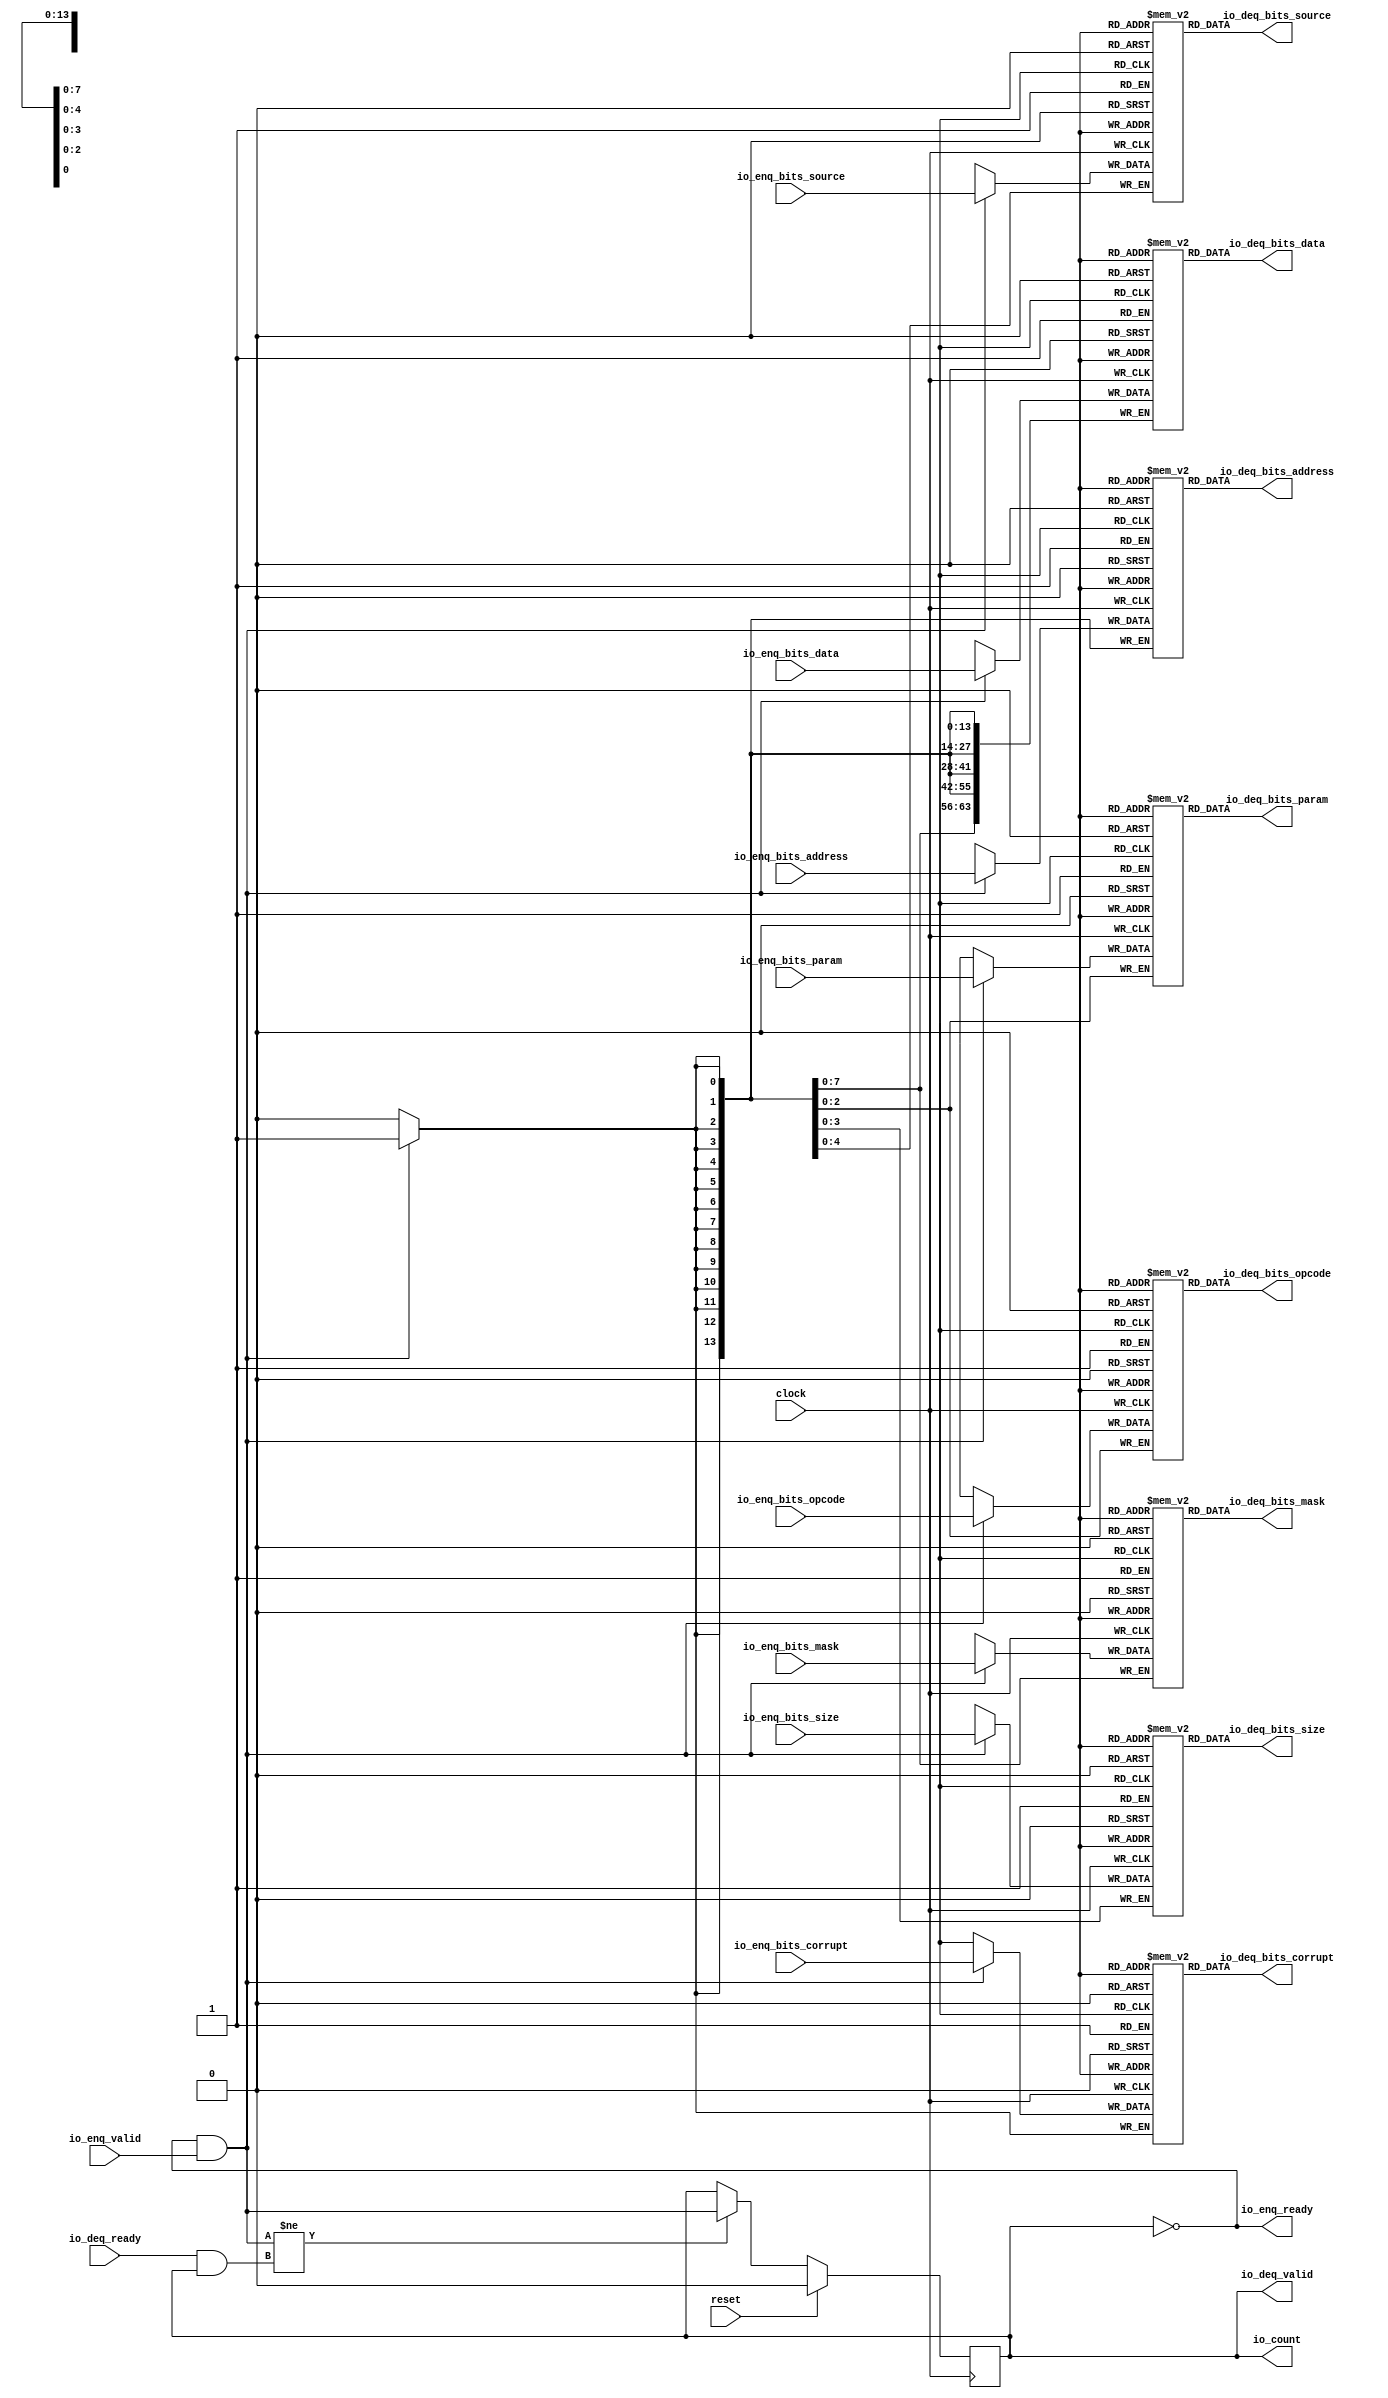
module Queue_12(
  input         clock,
  input         reset,
  output        io_enq_ready,
  input         io_enq_valid,
  input  [2:0]  io_enq_bits_opcode,
  input  [2:0]  io_enq_bits_param,
  input  [3:0]  io_enq_bits_size,
  input  [4:0]  io_enq_bits_source,
  input  [13:0] io_enq_bits_address,
  input  [7:0]  io_enq_bits_mask,
  input  [63:0] io_enq_bits_data,
  input         io_enq_bits_corrupt,
  input         io_deq_ready,
  output        io_deq_valid,
  output [2:0]  io_deq_bits_opcode,
  output [2:0]  io_deq_bits_param,
  output [3:0]  io_deq_bits_size,
  output [4:0]  io_deq_bits_source,
  output [13:0] io_deq_bits_address,
  output [7:0]  io_deq_bits_mask,
  output [63:0] io_deq_bits_data,
  output        io_deq_bits_corrupt,
  output        io_count
);
`ifdef RANDOMIZE_MEM_INIT
  reg [31:0] _RAND_0;
  reg [31:0] _RAND_1;
  reg [31:0] _RAND_2;
  reg [31:0] _RAND_3;
  reg [31:0] _RAND_4;
  reg [31:0] _RAND_5;
  reg [63:0] _RAND_6;
  reg [31:0] _RAND_7;
`endif // RANDOMIZE_MEM_INIT
`ifdef RANDOMIZE_REG_INIT
  reg [31:0] _RAND_8;
`endif // RANDOMIZE_REG_INIT
  reg [2:0] ram_opcode [0:0]; // @[Decoupled.scala 218:16]
  wire [2:0] ram_opcode_io_deq_bits_MPORT_data; // @[Decoupled.scala 218:16]
  wire  ram_opcode_io_deq_bits_MPORT_addr; // @[Decoupled.scala 218:16]
  wire [2:0] ram_opcode_MPORT_data; // @[Decoupled.scala 218:16]
  wire  ram_opcode_MPORT_addr; // @[Decoupled.scala 218:16]
  wire  ram_opcode_MPORT_mask; // @[Decoupled.scala 218:16]
  wire  ram_opcode_MPORT_en; // @[Decoupled.scala 218:16]
  reg [2:0] ram_param [0:0]; // @[Decoupled.scala 218:16]
  wire [2:0] ram_param_io_deq_bits_MPORT_data; // @[Decoupled.scala 218:16]
  wire  ram_param_io_deq_bits_MPORT_addr; // @[Decoupled.scala 218:16]
  wire [2:0] ram_param_MPORT_data; // @[Decoupled.scala 218:16]
  wire  ram_param_MPORT_addr; // @[Decoupled.scala 218:16]
  wire  ram_param_MPORT_mask; // @[Decoupled.scala 218:16]
  wire  ram_param_MPORT_en; // @[Decoupled.scala 218:16]
  reg [3:0] ram_size [0:0]; // @[Decoupled.scala 218:16]
  wire [3:0] ram_size_io_deq_bits_MPORT_data; // @[Decoupled.scala 218:16]
  wire  ram_size_io_deq_bits_MPORT_addr; // @[Decoupled.scala 218:16]
  wire [3:0] ram_size_MPORT_data; // @[Decoupled.scala 218:16]
  wire  ram_size_MPORT_addr; // @[Decoupled.scala 218:16]
  wire  ram_size_MPORT_mask; // @[Decoupled.scala 218:16]
  wire  ram_size_MPORT_en; // @[Decoupled.scala 218:16]
  reg [4:0] ram_source [0:0]; // @[Decoupled.scala 218:16]
  wire [4:0] ram_source_io_deq_bits_MPORT_data; // @[Decoupled.scala 218:16]
  wire  ram_source_io_deq_bits_MPORT_addr; // @[Decoupled.scala 218:16]
  wire [4:0] ram_source_MPORT_data; // @[Decoupled.scala 218:16]
  wire  ram_source_MPORT_addr; // @[Decoupled.scala 218:16]
  wire  ram_source_MPORT_mask; // @[Decoupled.scala 218:16]
  wire  ram_source_MPORT_en; // @[Decoupled.scala 218:16]
  reg [13:0] ram_address [0:0]; // @[Decoupled.scala 218:16]
  wire [13:0] ram_address_io_deq_bits_MPORT_data; // @[Decoupled.scala 218:16]
  wire  ram_address_io_deq_bits_MPORT_addr; // @[Decoupled.scala 218:16]
  wire [13:0] ram_address_MPORT_data; // @[Decoupled.scala 218:16]
  wire  ram_address_MPORT_addr; // @[Decoupled.scala 218:16]
  wire  ram_address_MPORT_mask; // @[Decoupled.scala 218:16]
  wire  ram_address_MPORT_en; // @[Decoupled.scala 218:16]
  reg [7:0] ram_mask [0:0]; // @[Decoupled.scala 218:16]
  wire [7:0] ram_mask_io_deq_bits_MPORT_data; // @[Decoupled.scala 218:16]
  wire  ram_mask_io_deq_bits_MPORT_addr; // @[Decoupled.scala 218:16]
  wire [7:0] ram_mask_MPORT_data; // @[Decoupled.scala 218:16]
  wire  ram_mask_MPORT_addr; // @[Decoupled.scala 218:16]
  wire  ram_mask_MPORT_mask; // @[Decoupled.scala 218:16]
  wire  ram_mask_MPORT_en; // @[Decoupled.scala 218:16]
  reg [63:0] ram_data [0:0]; // @[Decoupled.scala 218:16]
  wire [63:0] ram_data_io_deq_bits_MPORT_data; // @[Decoupled.scala 218:16]
  wire  ram_data_io_deq_bits_MPORT_addr; // @[Decoupled.scala 218:16]
  wire [63:0] ram_data_MPORT_data; // @[Decoupled.scala 218:16]
  wire  ram_data_MPORT_addr; // @[Decoupled.scala 218:16]
  wire  ram_data_MPORT_mask; // @[Decoupled.scala 218:16]
  wire  ram_data_MPORT_en; // @[Decoupled.scala 218:16]
  reg  ram_corrupt [0:0]; // @[Decoupled.scala 218:16]
  wire  ram_corrupt_io_deq_bits_MPORT_data; // @[Decoupled.scala 218:16]
  wire  ram_corrupt_io_deq_bits_MPORT_addr; // @[Decoupled.scala 218:16]
  wire  ram_corrupt_MPORT_data; // @[Decoupled.scala 218:16]
  wire  ram_corrupt_MPORT_addr; // @[Decoupled.scala 218:16]
  wire  ram_corrupt_MPORT_mask; // @[Decoupled.scala 218:16]
  wire  ram_corrupt_MPORT_en; // @[Decoupled.scala 218:16]
  reg  maybe_full; // @[Decoupled.scala 221:27]
  wire  empty = ~maybe_full; // @[Decoupled.scala 224:28]
  wire  do_enq = io_enq_ready & io_enq_valid; // @[Decoupled.scala 40:37]
  wire  do_deq = io_deq_ready & io_deq_valid; // @[Decoupled.scala 40:37]
  assign ram_opcode_io_deq_bits_MPORT_addr = 1'h0;
  assign ram_opcode_io_deq_bits_MPORT_data = ram_opcode[ram_opcode_io_deq_bits_MPORT_addr]; // @[Decoupled.scala 218:16]
  assign ram_opcode_MPORT_data = io_enq_bits_opcode;
  assign ram_opcode_MPORT_addr = 1'h0;
  assign ram_opcode_MPORT_mask = 1'h1;
  assign ram_opcode_MPORT_en = io_enq_ready & io_enq_valid;
  assign ram_param_io_deq_bits_MPORT_addr = 1'h0;
  assign ram_param_io_deq_bits_MPORT_data = ram_param[ram_param_io_deq_bits_MPORT_addr]; // @[Decoupled.scala 218:16]
  assign ram_param_MPORT_data = io_enq_bits_param;
  assign ram_param_MPORT_addr = 1'h0;
  assign ram_param_MPORT_mask = 1'h1;
  assign ram_param_MPORT_en = io_enq_ready & io_enq_valid;
  assign ram_size_io_deq_bits_MPORT_addr = 1'h0;
  assign ram_size_io_deq_bits_MPORT_data = ram_size[ram_size_io_deq_bits_MPORT_addr]; // @[Decoupled.scala 218:16]
  assign ram_size_MPORT_data = io_enq_bits_size;
  assign ram_size_MPORT_addr = 1'h0;
  assign ram_size_MPORT_mask = 1'h1;
  assign ram_size_MPORT_en = io_enq_ready & io_enq_valid;
  assign ram_source_io_deq_bits_MPORT_addr = 1'h0;
  assign ram_source_io_deq_bits_MPORT_data = ram_source[ram_source_io_deq_bits_MPORT_addr]; // @[Decoupled.scala 218:16]
  assign ram_source_MPORT_data = io_enq_bits_source;
  assign ram_source_MPORT_addr = 1'h0;
  assign ram_source_MPORT_mask = 1'h1;
  assign ram_source_MPORT_en = io_enq_ready & io_enq_valid;
  assign ram_address_io_deq_bits_MPORT_addr = 1'h0;
  assign ram_address_io_deq_bits_MPORT_data = ram_address[ram_address_io_deq_bits_MPORT_addr]; // @[Decoupled.scala 218:16]
  assign ram_address_MPORT_data = io_enq_bits_address;
  assign ram_address_MPORT_addr = 1'h0;
  assign ram_address_MPORT_mask = 1'h1;
  assign ram_address_MPORT_en = io_enq_ready & io_enq_valid;
  assign ram_mask_io_deq_bits_MPORT_addr = 1'h0;
  assign ram_mask_io_deq_bits_MPORT_data = ram_mask[ram_mask_io_deq_bits_MPORT_addr]; // @[Decoupled.scala 218:16]
  assign ram_mask_MPORT_data = io_enq_bits_mask;
  assign ram_mask_MPORT_addr = 1'h0;
  assign ram_mask_MPORT_mask = 1'h1;
  assign ram_mask_MPORT_en = io_enq_ready & io_enq_valid;
  assign ram_data_io_deq_bits_MPORT_addr = 1'h0;
  assign ram_data_io_deq_bits_MPORT_data = ram_data[ram_data_io_deq_bits_MPORT_addr]; // @[Decoupled.scala 218:16]
  assign ram_data_MPORT_data = io_enq_bits_data;
  assign ram_data_MPORT_addr = 1'h0;
  assign ram_data_MPORT_mask = 1'h1;
  assign ram_data_MPORT_en = io_enq_ready & io_enq_valid;
  assign ram_corrupt_io_deq_bits_MPORT_addr = 1'h0;
  assign ram_corrupt_io_deq_bits_MPORT_data = ram_corrupt[ram_corrupt_io_deq_bits_MPORT_addr]; // @[Decoupled.scala 218:16]
  assign ram_corrupt_MPORT_data = io_enq_bits_corrupt;
  assign ram_corrupt_MPORT_addr = 1'h0;
  assign ram_corrupt_MPORT_mask = 1'h1;
  assign ram_corrupt_MPORT_en = io_enq_ready & io_enq_valid;
  assign io_enq_ready = ~maybe_full; // @[Decoupled.scala 241:19]
  assign io_deq_valid = ~empty; // @[Decoupled.scala 240:19]
  assign io_deq_bits_opcode = ram_opcode_io_deq_bits_MPORT_data; // @[Decoupled.scala 242:15]
  assign io_deq_bits_param = ram_param_io_deq_bits_MPORT_data; // @[Decoupled.scala 242:15]
  assign io_deq_bits_size = ram_size_io_deq_bits_MPORT_data; // @[Decoupled.scala 242:15]
  assign io_deq_bits_source = ram_source_io_deq_bits_MPORT_data; // @[Decoupled.scala 242:15]
  assign io_deq_bits_address = ram_address_io_deq_bits_MPORT_data; // @[Decoupled.scala 242:15]
  assign io_deq_bits_mask = ram_mask_io_deq_bits_MPORT_data; // @[Decoupled.scala 242:15]
  assign io_deq_bits_data = ram_data_io_deq_bits_MPORT_data; // @[Decoupled.scala 242:15]
  assign io_deq_bits_corrupt = ram_corrupt_io_deq_bits_MPORT_data; // @[Decoupled.scala 242:15]
  assign io_count = maybe_full; // @[Decoupled.scala 259:62]
  always @(posedge clock) begin
    if(ram_opcode_MPORT_en & ram_opcode_MPORT_mask) begin
      ram_opcode[ram_opcode_MPORT_addr] <= ram_opcode_MPORT_data; // @[Decoupled.scala 218:16]
    end
    if(ram_param_MPORT_en & ram_param_MPORT_mask) begin
      ram_param[ram_param_MPORT_addr] <= ram_param_MPORT_data; // @[Decoupled.scala 218:16]
    end
    if(ram_size_MPORT_en & ram_size_MPORT_mask) begin
      ram_size[ram_size_MPORT_addr] <= ram_size_MPORT_data; // @[Decoupled.scala 218:16]
    end
    if(ram_source_MPORT_en & ram_source_MPORT_mask) begin
      ram_source[ram_source_MPORT_addr] <= ram_source_MPORT_data; // @[Decoupled.scala 218:16]
    end
    if(ram_address_MPORT_en & ram_address_MPORT_mask) begin
      ram_address[ram_address_MPORT_addr] <= ram_address_MPORT_data; // @[Decoupled.scala 218:16]
    end
    if(ram_mask_MPORT_en & ram_mask_MPORT_mask) begin
      ram_mask[ram_mask_MPORT_addr] <= ram_mask_MPORT_data; // @[Decoupled.scala 218:16]
    end
    if(ram_data_MPORT_en & ram_data_MPORT_mask) begin
      ram_data[ram_data_MPORT_addr] <= ram_data_MPORT_data; // @[Decoupled.scala 218:16]
    end
    if(ram_corrupt_MPORT_en & ram_corrupt_MPORT_mask) begin
      ram_corrupt[ram_corrupt_MPORT_addr] <= ram_corrupt_MPORT_data; // @[Decoupled.scala 218:16]
    end
    if (reset) begin // @[Decoupled.scala 221:27]
      maybe_full <= 1'h0; // @[Decoupled.scala 221:27]
    end else if (do_enq != do_deq) begin // @[Decoupled.scala 236:28]
      maybe_full <= do_enq; // @[Decoupled.scala 237:16]
    end
  end
// Register and memory initialization
`ifdef RANDOMIZE_GARBAGE_ASSIGN
`define RANDOMIZE
`endif
`ifdef RANDOMIZE_INVALID_ASSIGN
`define RANDOMIZE
`endif
`ifdef RANDOMIZE_REG_INIT
`define RANDOMIZE
`endif
`ifdef RANDOMIZE_MEM_INIT
`define RANDOMIZE
`endif
`ifndef RANDOM
`define RANDOM $random
`endif
`ifdef RANDOMIZE_MEM_INIT
  integer initvar;
`endif
`ifndef SYNTHESIS
`ifdef FIRRTL_BEFORE_INITIAL
`FIRRTL_BEFORE_INITIAL
`endif
initial begin
  `ifdef RANDOMIZE
    `ifdef INIT_RANDOM
      `INIT_RANDOM
    `endif
    `ifndef VERILATOR
      `ifdef RANDOMIZE_DELAY
        #`RANDOMIZE_DELAY begin end
      `else
        #0.002 begin end
      `endif
    `endif
`ifdef RANDOMIZE_MEM_INIT
  _RAND_0 = {1{`RANDOM}};
  for (initvar = 0; initvar < 1; initvar = initvar+1)
    ram_opcode[initvar] = _RAND_0[2:0];
  _RAND_1 = {1{`RANDOM}};
  for (initvar = 0; initvar < 1; initvar = initvar+1)
    ram_param[initvar] = _RAND_1[2:0];
  _RAND_2 = {1{`RANDOM}};
  for (initvar = 0; initvar < 1; initvar = initvar+1)
    ram_size[initvar] = _RAND_2[3:0];
  _RAND_3 = {1{`RANDOM}};
  for (initvar = 0; initvar < 1; initvar = initvar+1)
    ram_source[initvar] = _RAND_3[4:0];
  _RAND_4 = {1{`RANDOM}};
  for (initvar = 0; initvar < 1; initvar = initvar+1)
    ram_address[initvar] = _RAND_4[13:0];
  _RAND_5 = {1{`RANDOM}};
  for (initvar = 0; initvar < 1; initvar = initvar+1)
    ram_mask[initvar] = _RAND_5[7:0];
  _RAND_6 = {2{`RANDOM}};
  for (initvar = 0; initvar < 1; initvar = initvar+1)
    ram_data[initvar] = _RAND_6[63:0];
  _RAND_7 = {1{`RANDOM}};
  for (initvar = 0; initvar < 1; initvar = initvar+1)
    ram_corrupt[initvar] = _RAND_7[0:0];
`endif // RANDOMIZE_MEM_INIT
`ifdef RANDOMIZE_REG_INIT
  _RAND_8 = {1{`RANDOM}};
  maybe_full = _RAND_8[0:0];
`endif // RANDOMIZE_REG_INIT
  `endif // RANDOMIZE
end // initial
`ifdef FIRRTL_AFTER_INITIAL
`FIRRTL_AFTER_INITIAL
`endif
`endif // SYNTHESIS
endmodule